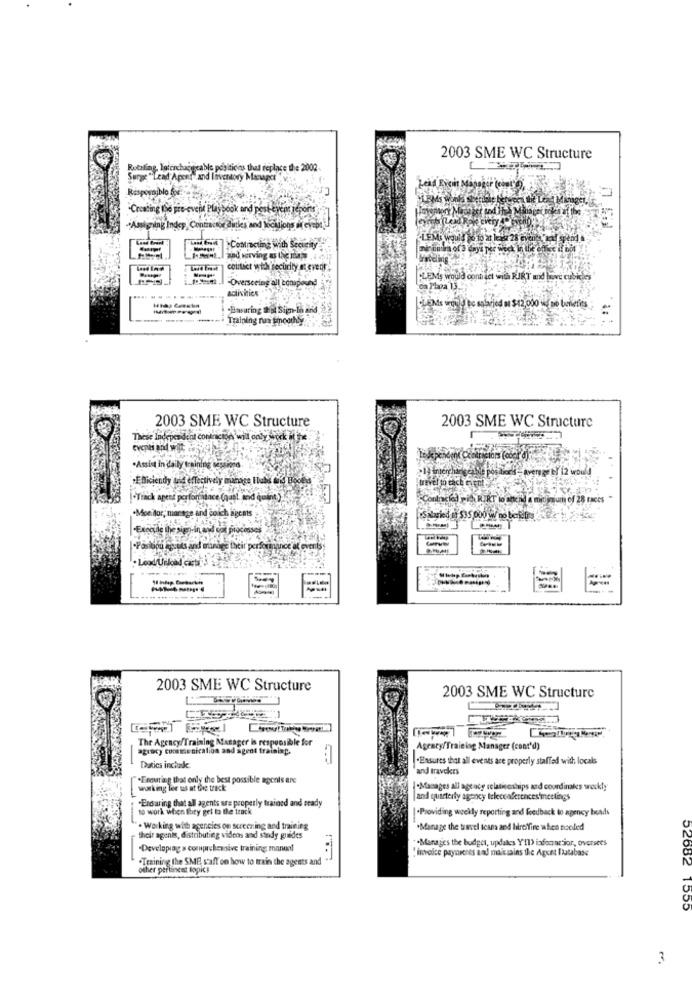
2003 SME WC Structure
Eng. laterchacuicable positicios that replace the 2002.
"Lead Apent land Inventory Me
Responsible for.
·Creating the pre-event Playbook and post-even renois
."Assigning Indep Contracke dities and Jocklions af evepo !!
·LEMi would go to at leas 28 event
a gend
·Contracting with Security
and werving as the Tas
contact with security at event.
-Overseeing all Eonapound
-LEMs would contact with RUIKT and love
activities
on Plaza 13.
.......
-----
Bwaring Dal Sijen-In and
EN's would be salaried at $12,000 w no benefits
****** * Training run growths
2003 SME WC Structure
2003 SME WC Structure
These Independent contractor wil only work it the
.Assist in daily training Missiono.
+Efficiendy tid effectively manage Ilat frid Be
.Track apens performance (qual and quint )
Monitor, manage and coich agents
WSalaried af 535 000 W no b
-Execude the sign-in and ook processes
-Position Rpcuts and mundge their performance
--
2003 SME WC Structure
2003 SME WC Structure
The Agency/Training Manager is responsible for
agency communication and agent training.
Agency/Training Manager (cont'd)
-Ensures that all events are properly staffed with locals
Duties include
and travekrs
Enouting that only the best possible agents are
working ler us at the track
|-Manages all ageacy relationships and coordinates workty
"Enduring that all agents are properly trained and ready
and quarterly agency teleccaferences'mettings
to work when they gel to the track
·Providing weekly reporting and feedback to agency bends
. Working with agencies on screen ing and training
.Manage the travel teams and hilreffire when nooled
heir agents, distributing videos and study guides
"Manages the budget, updates Y'Il) informesior, oversees
.Developing a comprehensive training manual
invoice payneeres and maissains the Agent Database
.Training the SME, staff on how to train the agents and
other pertinent topics
52682 155
3